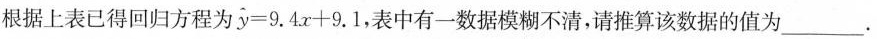
根据上表已得回归方程为 $$\widehat { y } = 9 . 4 x + 9 . 1$$，表中有一数据模糊不清，请推算该数据的值为___.